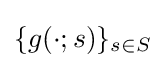
\{g(\cdot ;s)\}_{s\in S}